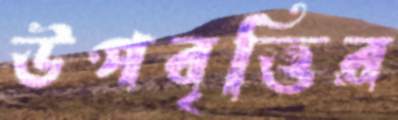
উপবৃত্তির